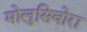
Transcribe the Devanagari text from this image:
मोलुसिवोरा